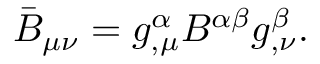
\bar { B } _ { \mu \nu } = g _ { , \mu } ^ { \alpha } B ^ { \alpha \beta } g _ { , \nu } ^ { \beta } .